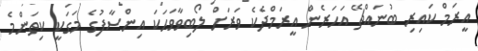
އީރަމް ކައިރި ބުނައްޗޭ އަހަރެން އީރަމްދެކެ ވަރަށް ލޯބިވާވަހަކަ އިންސާފުގެ މަގަކީ ކިތަންމެ